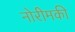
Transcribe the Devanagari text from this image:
नोरीमकी